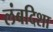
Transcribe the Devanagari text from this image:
लंबदिशा